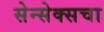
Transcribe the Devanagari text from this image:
सेन्सेक्सचा